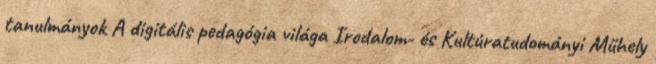
tanulmányok A digitális pedagógia világa Irodalom- és Kultúratudományi Műhely